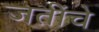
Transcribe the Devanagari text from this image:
जतींचे